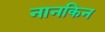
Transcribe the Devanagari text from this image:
नानकिन